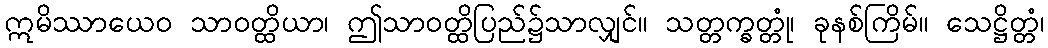
ဣမိဿာယေဝ သာဝတ္ထိယာ၊ ဤသာဝတ္ထိပြည်၌သာလျှင်။ သတ္တက္ခတ္တုံ၊ ခုနစ်ကြိမ်။ သေဋ္ဌိတ္တံ၊